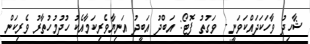
ޝާހިދު ވާހަކަދައްކަވަނީ - ވަގުތު ފޮޓޯ: އަބްދު އަބީދު އަނިޔާވެރިކަމާއެކު ހުދުމުހުތާރު ވެރިކަން